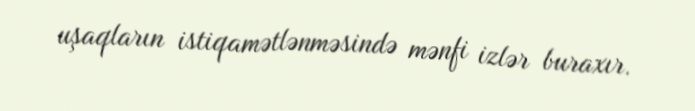
uşaqların istiqamətlənməsində mənfi izlər buraxır.